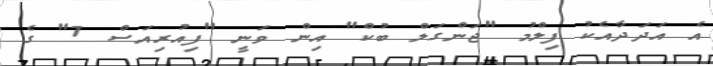
އެ އަދަދާއެކު ފިލްމު "ޖަންގަލް ބުކް" އިން ވަނީ "ފިއުރިއަސް 7" ގެ